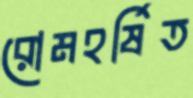
রোমহর্ষিত